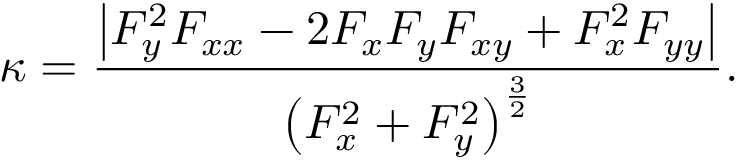
\kappa = { \frac { \left| F _ { y } ^ { 2 } F _ { x x } - 2 F _ { x } F _ { y } F _ { x y } + F _ { x } ^ { 2 } F _ { y y } \right| } { \left( F _ { x } ^ { 2 } + F _ { y } ^ { 2 } \right) ^ { \frac { 3 } { 2 } } } } .